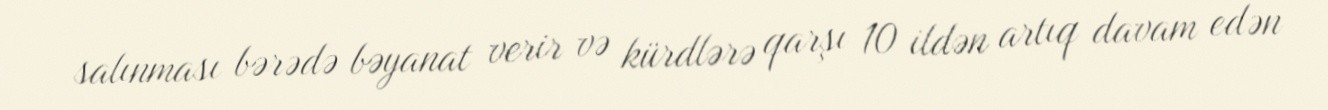
salınması bərədə bəyanat verir və kürdlərə qarşı 10 ildən artıq davam edən